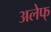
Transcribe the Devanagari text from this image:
अलेफ्